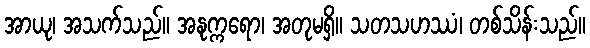
အာယု၊ အသက်သည်။ အနုက္ကရော၊ အတုမရှိ။ သတသဟဿံ၊ တစ်သိန်းသည်။